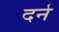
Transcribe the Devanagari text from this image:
दर्न